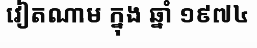
វៀតណាម ក្នុង ឆ្នាំ ១៩៧៤